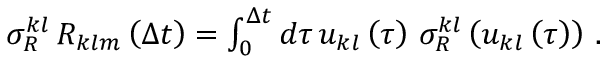
\begin{array} { r } { \sigma _ { R } ^ { k l } \, { \cal R } _ { k l m } \left( \Delta t \right) = \int _ { 0 } ^ { \Delta t } d \tau \, u _ { k l } \left( \tau \right) \, \sigma _ { R } ^ { k l } \left( u _ { k l } \left( \tau \right) \right) \, . } \end{array}